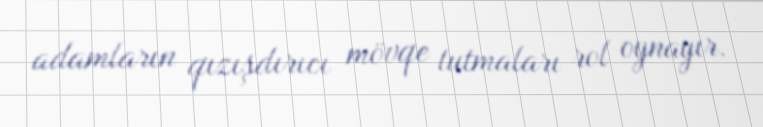
adamların qızışdırıcı mövqe tutmaları rol oynayır.